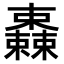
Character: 𣠆